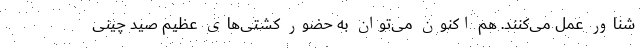
شناور عمل می‌کنند. هم اکنون می‌توان به حضور کشتی‌های عظیم صید چینی